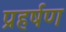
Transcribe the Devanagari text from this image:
प्रहर्षण